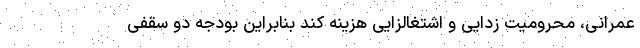
عمرانی، محرومیت زدایی و اشتغالزایی هزینه کند بنابراین بودجه دو سقفی